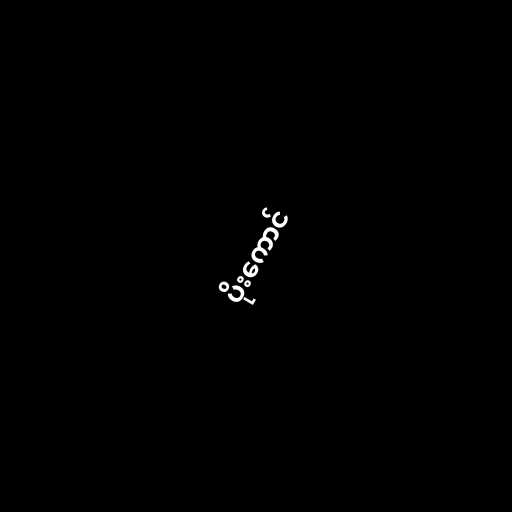
ပိုးကောင်